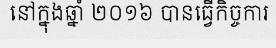
នៅក្នុងឆ្នាំ ២០១៦ បានធ្វើកិច្ចការ